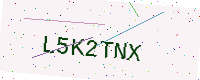
Text: L5K2TNX